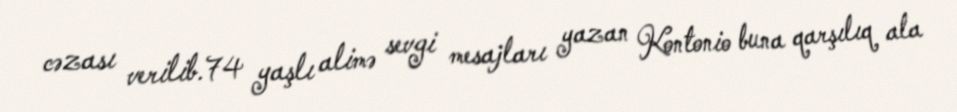
cəzası verilib.74 yaşlı alimə sevgi mesajları yazan Kontonio buna qarşılıq ala